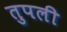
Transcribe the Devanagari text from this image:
तुपली